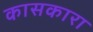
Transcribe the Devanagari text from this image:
कासकारा